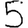
Digit: 5